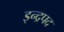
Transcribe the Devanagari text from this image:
इन्द्रपद